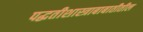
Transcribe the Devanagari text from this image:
पद्धतीशास्त्राबाबातीतील